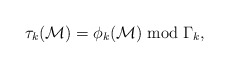
\begin{align*}\tau_k({\cal M})=\phi_k({\cal M})\bmod \Gamma_k{\rm,}\end{align*}